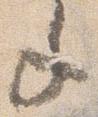
年